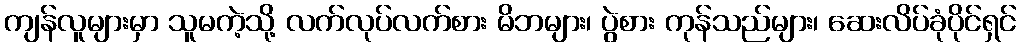
ကျန်လူများမှာ သူမကဲ့သို့ လက်လုပ်လက်စား မိဘများ၊ ပွဲစား ကုန်သည်များ၊ ဆေးလိပ်ခုံပိုင်ရှင်